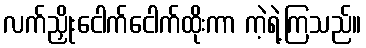
လက်ညှိုးငေါက်ငေါက်ထိုးကာ ကဲ့ရဲ့ကြသည်။